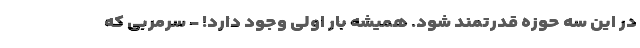
در این سه حوزه قدرتمند شود. همیشه بار اولی وجود دارد! - سرمربی که